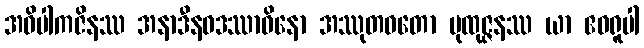
အဝိပါကဇိနဿ အနာဒီနဝဒဿာဝိနော အဿုတဝတော ပုထုဇ္ဇနဿ ယာ ဧဝရူပါ